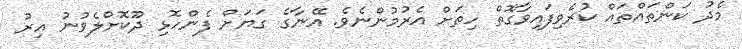
މެދު ކަންތައްތައް ކުރެވިފައިވާގޮތް ހިތަށް އެރުމުންނެވެ. އޭނާގެ ގަޔަށް ފެންހޮޅި ދޫކޮށްލެވުނު އިރު